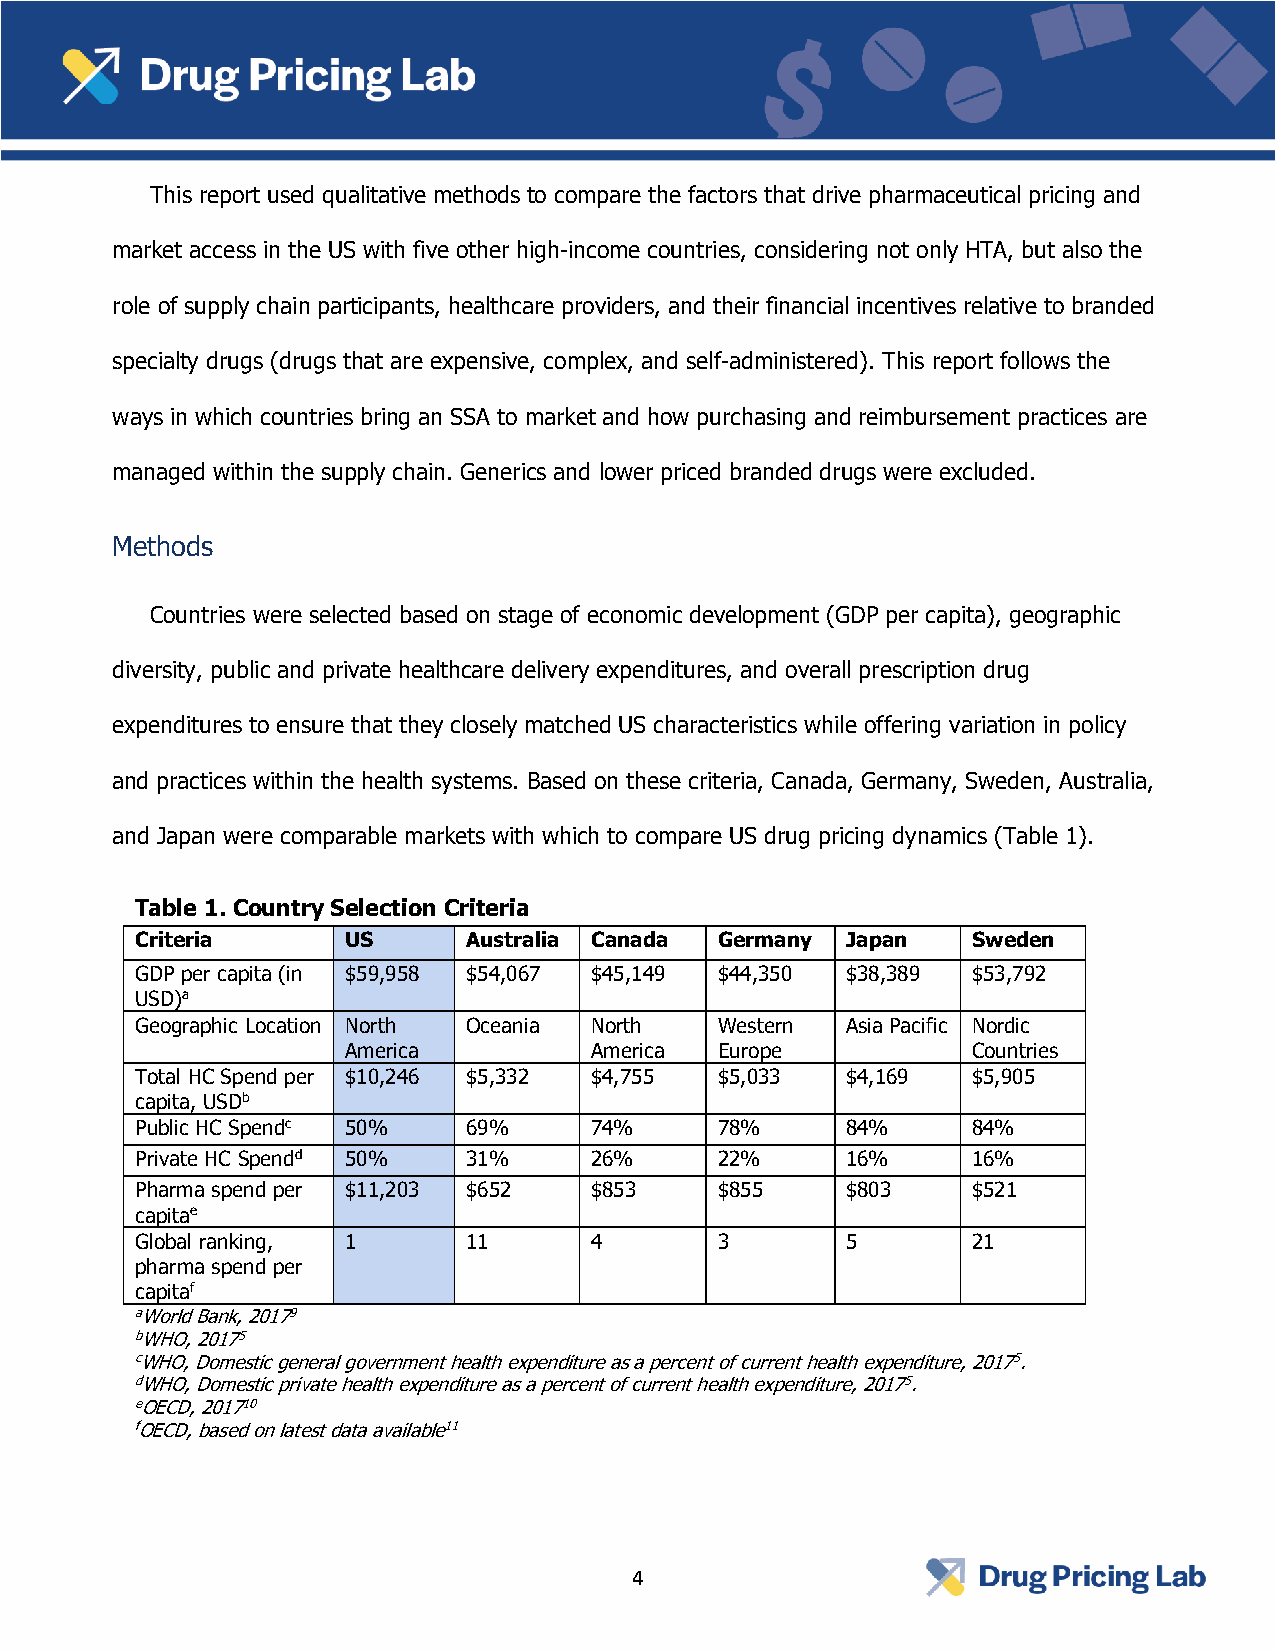
This report used qualitative methods to compare the factors that drive pharmaceutical pricing and
 market access in the US with five other high-income countries, considering not only HTA, but also the
 role of supply chain participants, healthcare providers, and their financial incentives relative to branded
 specialty drugs (drugs that are expensive, complex, and self-administered). This report follows the
 ways in which countries bring an SSA to market and how purchasing and reimbursement practices are
 managed within the supply chain. Generics and lower priced branded drugs were excluded.
 Methods
 Countries were selected based on stage of economic development (GDP per capita), geographic
 diversity, public and private healthcare delivery expenditures, and overall prescription drug
 expenditures to ensure that they closely matched US characteristics while offering variation in policy
 and practices within the health systems. Based on these criteria, Canada, Germany, Sweden, Australia,
 and Japan were comparable markets with which to compare US drug pricing dynamics (Table 1).
 Table 1. Country Selection Criteria
 Criteria      US      Australia Canada Germany Japan   Sweden
 GDP per capita (in $59,958 $54,067 $45,149 $44,350 $38,389 $53,792
 USD)a
 Geographic Location North Oceania North Western Asia Pacific Nordic
 America         America  Europe          Countries
 Total HC Spend per $10,246 $5,332 $4,755 $5,033 $4,169 $5,905
 capita, USDb
 Public HC Spendc 50%  69%     74%      78%     84%     84%
 Private HC Spendd 50% 31%     26%      22%     16%     16%
 Pharma spend per $11,203 $652 $853     $855    $803    $521
 capitae
 Global ranking, 1     11      4        3       5       21
 pharma spend per
 capitaf
 aWorld Bank, 20179
 bWHO, 20175
 cWHO, Domestic general government health expenditure as a percent of current health expenditure, 20175.
 dWHO, Domestic private health expenditure as a percent of current health expenditure, 20175.
 eOECD, 201710
 fOECD, based on latest data available11
 4